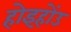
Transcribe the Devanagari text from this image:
होइहोंउ